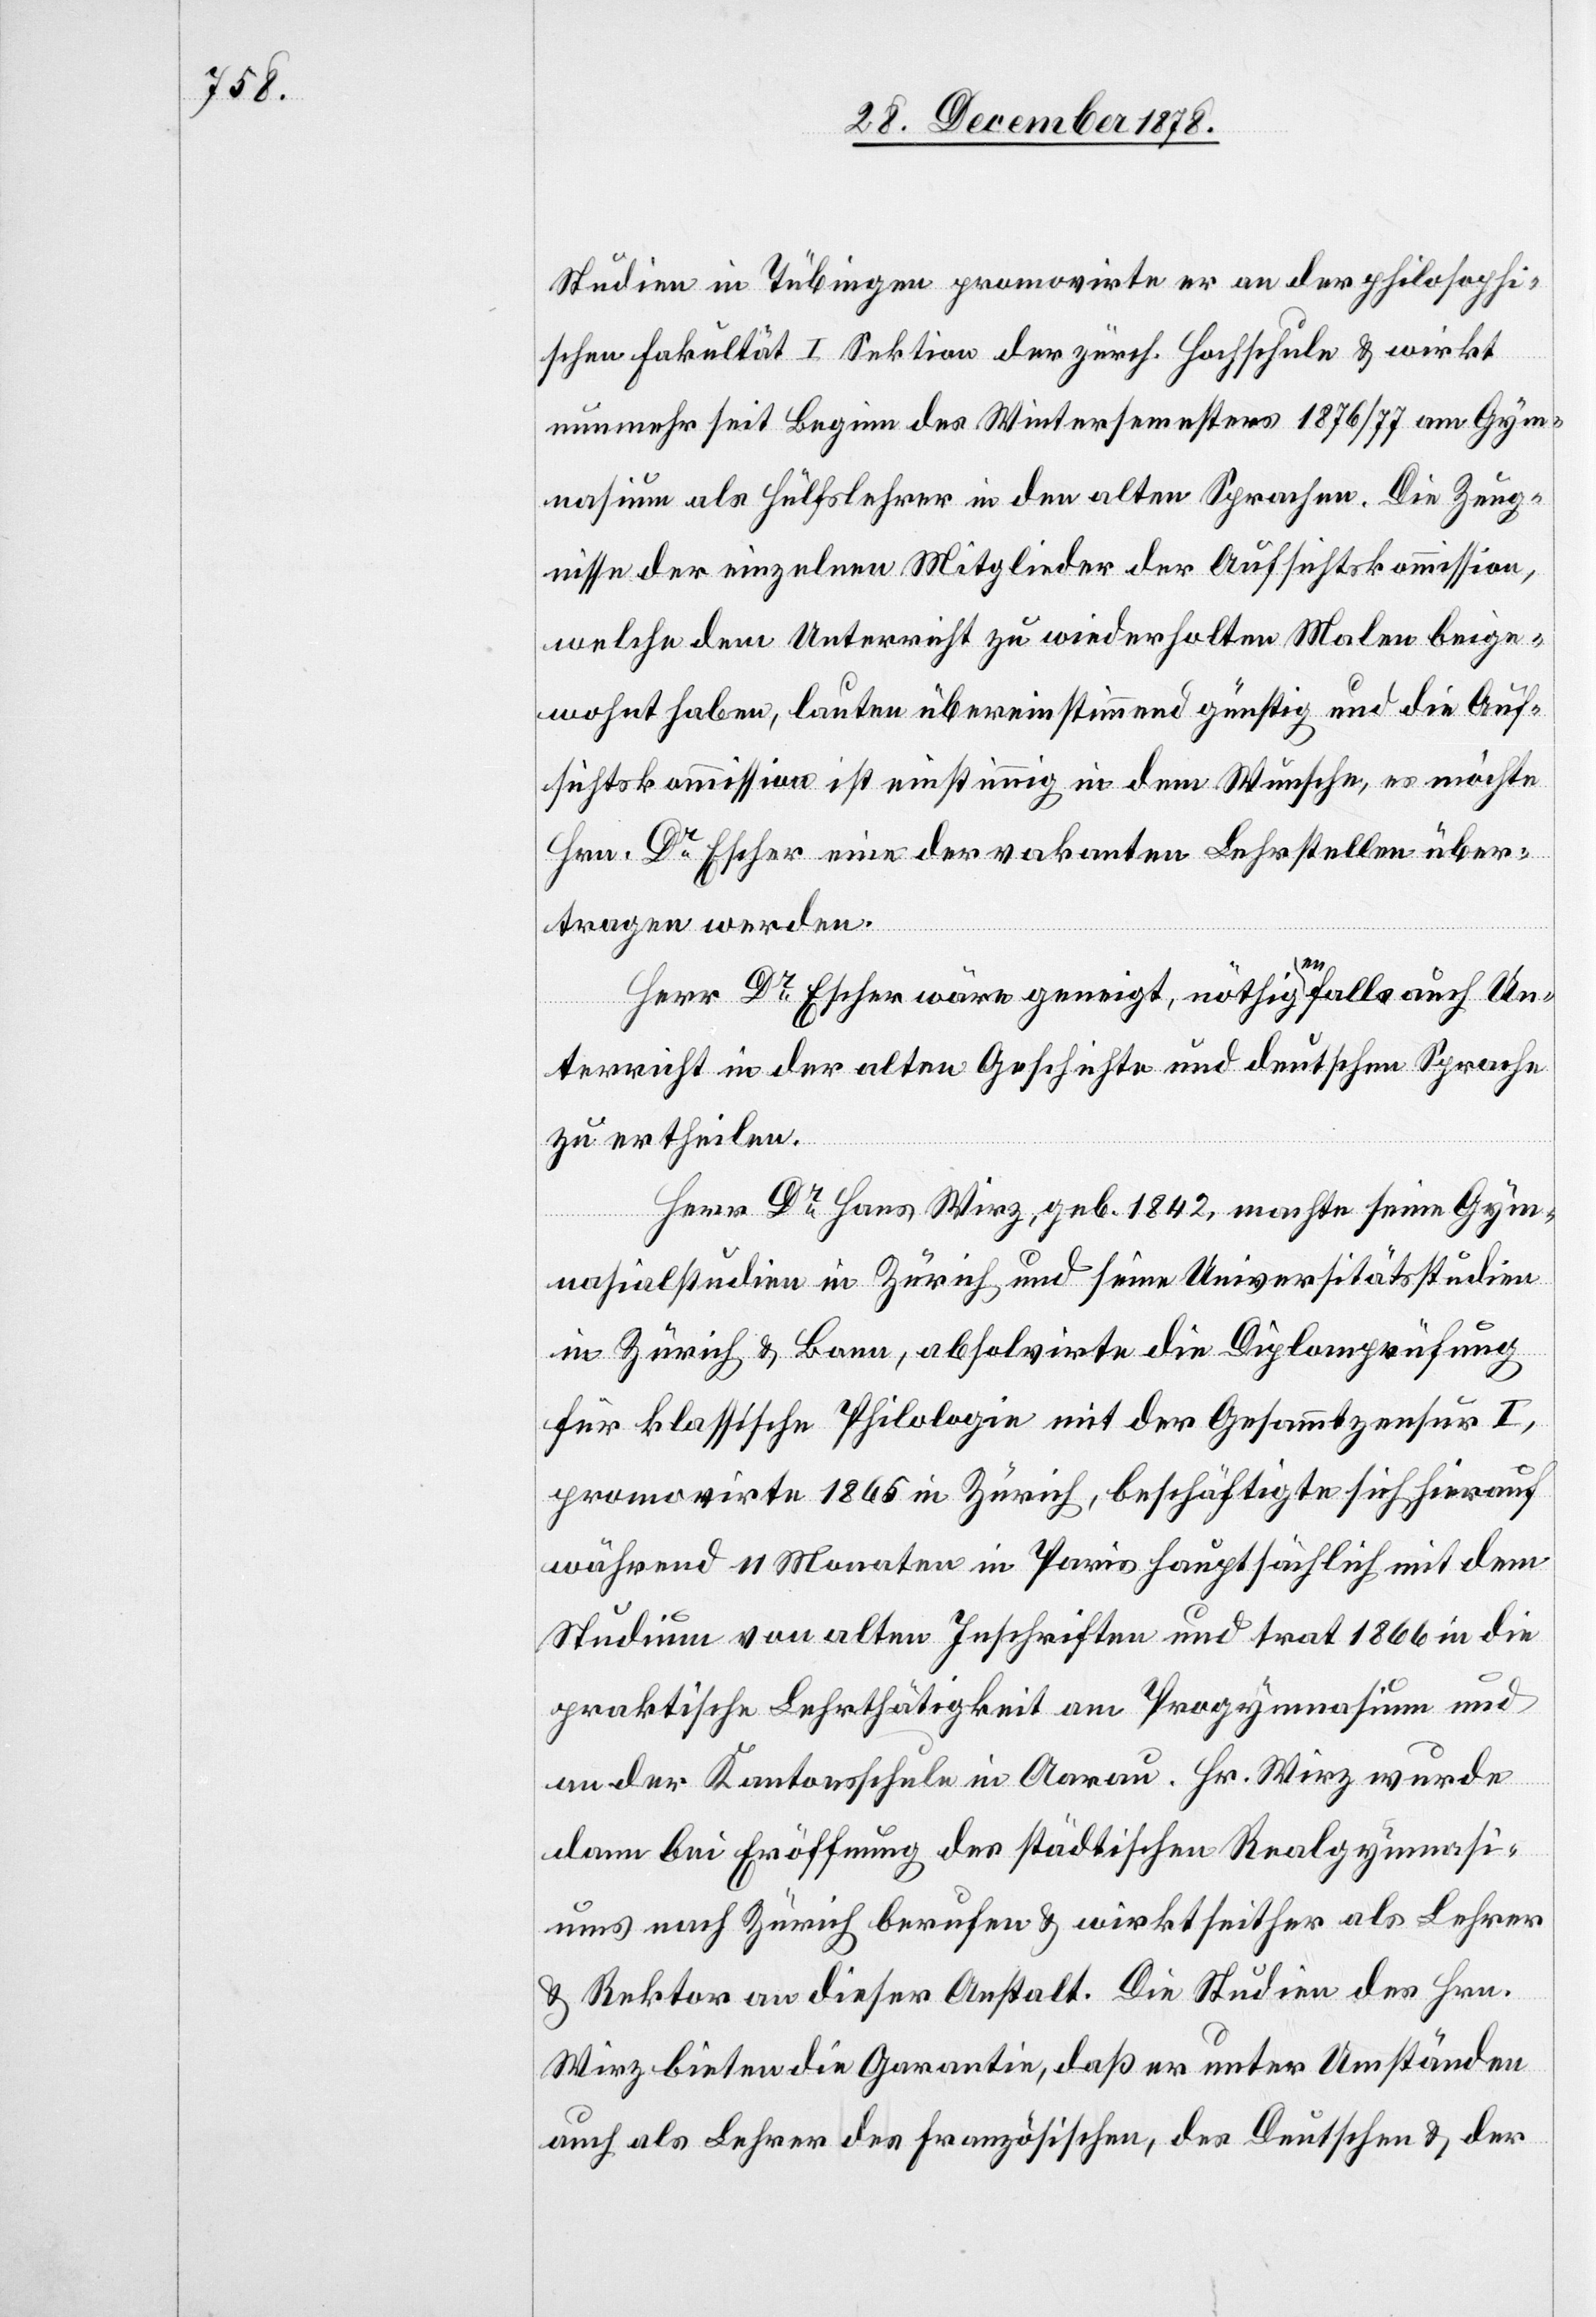
Studium in Tübingen promovirte er an der philosophi¬
schen Fakultät I. Sektion der zürch. Hochschule & wirkt
nunmehr seit Beginn des Wintersemesters 1876/77 am Gym¬
nasium als Hülfslehrer in den alten Sprachen. Die Zeug¬
nisse der einzelnen Mitglieder der Aufsichtskommission,
welche dem Unterricht zu wiederholten Malen beige¬
wohnt haben, lauten übereinstimmend günstig und die Auf¬
sichtskommission ist einstimmig in dem Wunsche, es möchte
Hrn. Dr Escher eine der vakanten Lehrstellen über¬
tragen werden.
Herr Dr Escher wäre geneigt, nöthigenfalls auch Un¬
terricht in der alten Geschichte und deutschen Sprache
zu ertheilen.
Herr Dr Hans Wirz, geb. 1842, machte seine Gym¬
nasialstudien in Zürich und seine Universitätsstudien
in Zürich & Bonn, absolvirte die Diplomprüfung
für klassische Philologie mit der Gesammtzensur I,
promovirte 1856 in Zürich, beschäftigte sich hierauf
während 11 Monaten in Paris hauptsächlich mit dem
Studium von alten Inschriften und trat 1866 in die
praktische Lehrthätigkeit am Progymnasium und
an der Kantonsschule in Aarau. Hr. Wirz wurde
dann bei Eröffnung des städtischen Realgymnasi¬
ums nach Zürich berufen & wirkt seither als Lehrer
& Rektor an dieser Anstalt. Die Studien des Hrn.
Wirz bieten die Garantie, daß er unter Umständen
auch als Lehrer des Französischen, des Deutschen & der